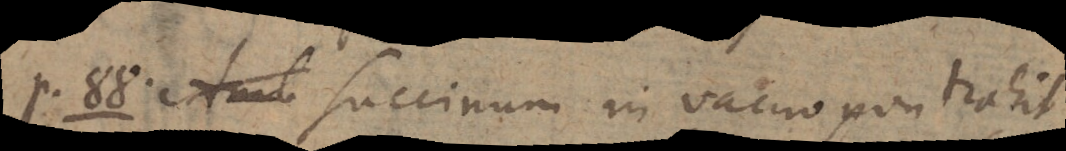
_P. 88. Succinum in vacuo non trahit